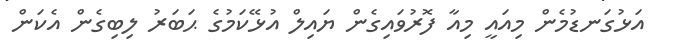
އަޅުގަނޑުމެން މިއައީ މިއާ ފޮރުވައިގެން ޔައިލް އުޅޭކަމުގެ ޙަބަރު ލިބިގެން އެކަން